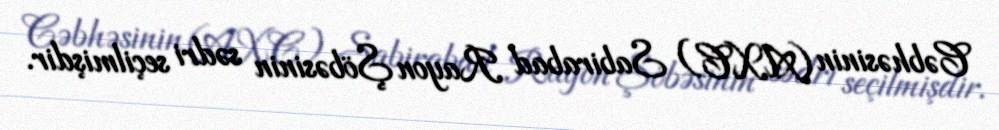
Cəbhəsinin (AXC) Sabirabad Rayon Şöbəsinin sədri seçilmişdir.